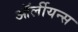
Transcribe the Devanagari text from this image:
ऑर्लीयन्स